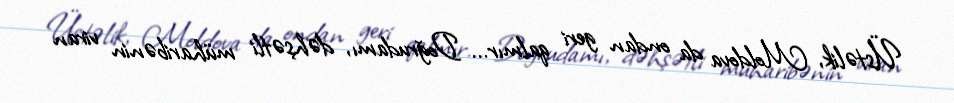
Üstəlik, Moldova da ondan geri qalmır... Doğrudamı, dəhşətli müharibənin viran